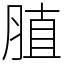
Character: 䐈